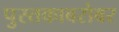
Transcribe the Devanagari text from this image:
पुस्तकाबरोबर